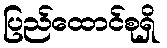
ပြည်ထောင်စုရှိ